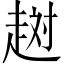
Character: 𧻐